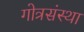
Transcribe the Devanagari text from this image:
गोत्रसंस्था